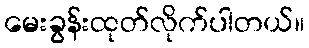
မေးခွန်းထုတ်လိုက်ပါတယ်။